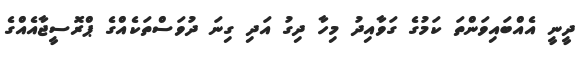
ދީނީ އެއްބައިވަންތަ ކަމުގެ ގަވާއިދު މިހާ ދިގު އަދި ގިނަ ދުވަސްތަކެއްގެ ޕްރޮސީޖާއެއްގެ